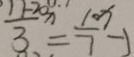
\frac { 1 1 - 2 0 x } { 3 } = \frac { 1 0 x } { 7 } - 1